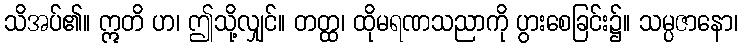
သိအပ်၏။ ဣတိ ဟ၊ ဤသို့လျှင်။ တတ္ထ၊ ထိုမရဏသညာကို ပွားစေခြင်း၌။ သမ္ပဇာနော၊